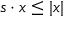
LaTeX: s \cdot x \leq | x |